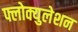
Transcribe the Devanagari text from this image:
फ्लोक्युलेशन